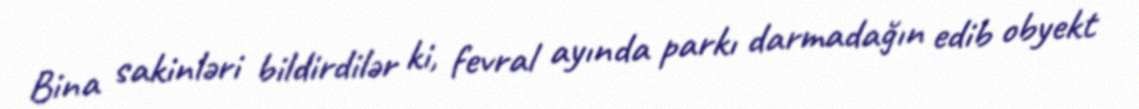
Bina sakinləri bildirdilər ki, fevral ayında parkı darmadağın edib obyekt